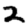
Digit: 2